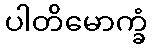
ပါတိမောက္ခံ